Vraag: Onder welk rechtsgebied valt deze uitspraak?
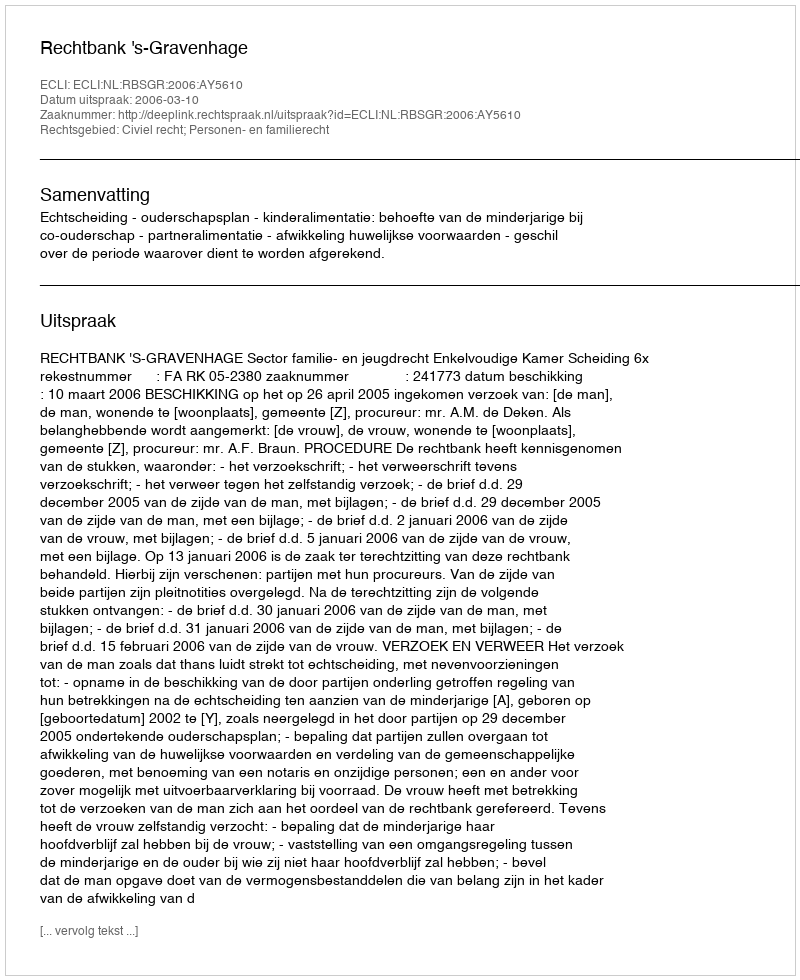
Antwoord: Civiel recht; Personen- en familierecht